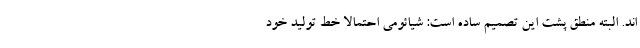
اند. البته منطق پشت این تصمیم ساده است: شیائومی احتمالا خط تولید خود